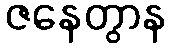
ဇနေတွာန